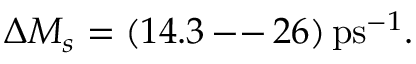
\Delta M _ { s } = ( 1 4 . 3 \, \mathrm { - - } \, 2 6 ) \, \mathrm { p s } ^ { - 1 } .